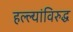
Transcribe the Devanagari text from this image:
हल्ल्यांविरुद्ध